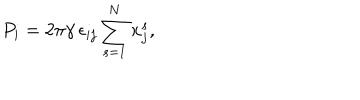
LaTeX: P _ { i } = 2 \pi \gamma \, \epsilon _ { i j } \sum _ { s = 1 } ^ { N } x _ { j } ^ { s } ,